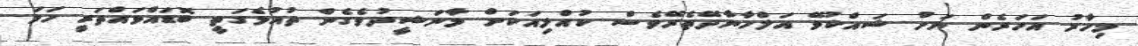
މިހާރު އަހަރެން ނަށް ޝައްކުވޭ އަލްހާނާދޭތެރޭވެސް ކުއްލިއަކަށް މާނަޝީދުވެގެން ތުއުޅެގަތީ ބޮޑައްވައްތަރީ ހަމަ